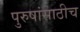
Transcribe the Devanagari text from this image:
पुरुषांसाठीच